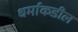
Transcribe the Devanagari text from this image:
धर्माकडील